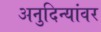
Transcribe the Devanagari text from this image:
अनुदिन्यांवर